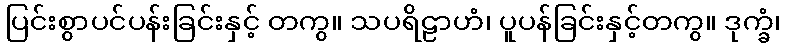
ပြင်းစွာပင်ပန်းခြင်းနှင့် တကွ။ သပရိဠာဟံ၊ ပူပန်ခြင်းနှင့်တကွ။ ဒုက္ခံ၊